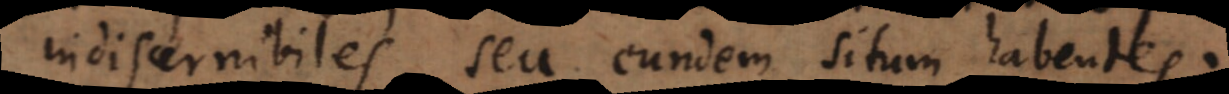
indiscernibiles, seu eundem situm habentes.